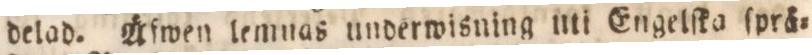
delad. Äfwen lemnas underwisning uti Engelſka ſprä=